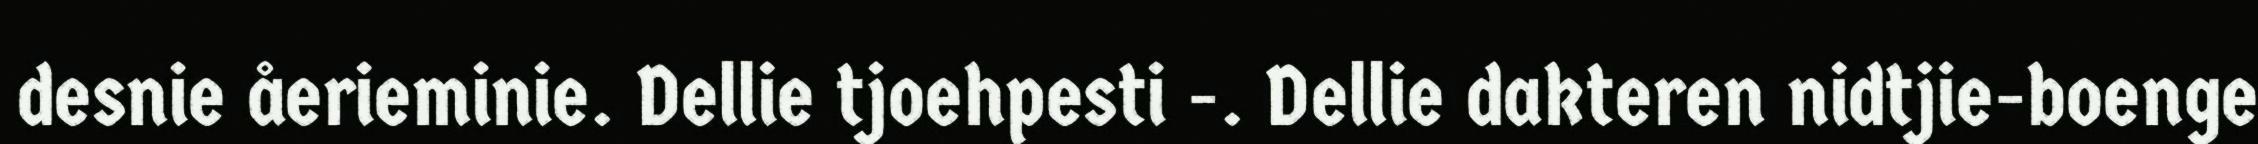
desnie åerieminie. Dellie tjoehpesti -. Dellie dakteren nidtjie-boenge